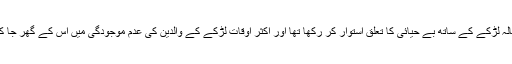
اس نے سکول میں زیر تعلیم 17سالہ لڑکے کے ساتھ بے حیائی کا تعلق استوار کر رکھا تھا اور اکثر اوقات لڑکے کے والدین کی عدم موجودگی میں اس کے گھر جا کر اس کے ساتھ وقت گزارتی تھی۔